Code of medical and sanitary regulations for the guidance of medical officers serving in the Madras Presidency - Volume I
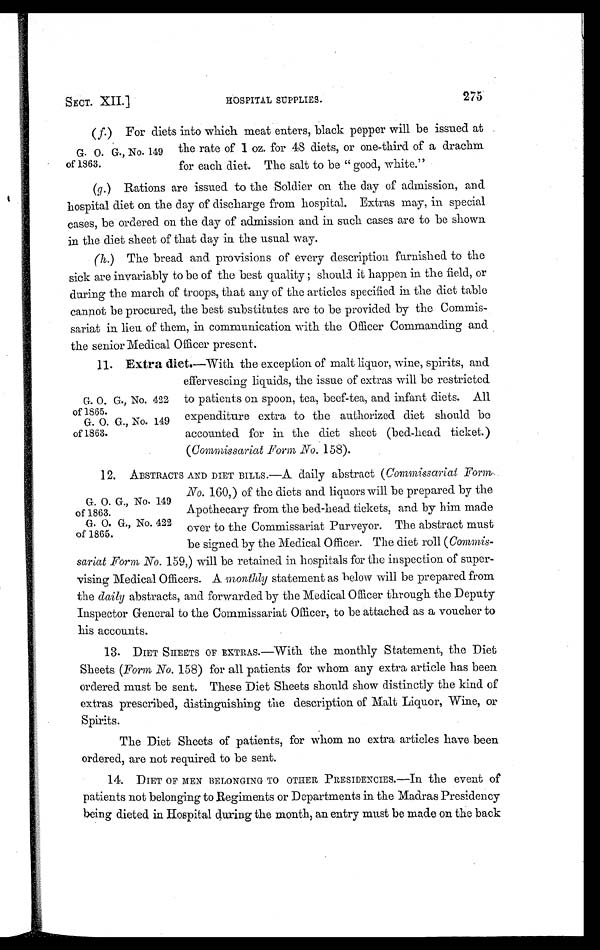
SECT. XII.]
HOSPITAL SUPPLIES.
275
G. O. G., No. 149
of 1863.
( f.) For diets into which meat enters, black pepper will be issued at
the rate of 1 oz. for 48 diets, or one-third of a drachm
for each diet. The salt to be " good, white."
(g.) Rations are issued to the Soldier on the day of admission, and
hospital diet on the day of discharge from hospital. Extras may, in special
cases, be ordered on the day of admission and in such cases are to be shown
in the diet sheet of that day in the usual way.
(h.) The bread and provisions of every description furnished to the
sick are invariably to be of the best quality ; should it happen in the field, or
during the march of troops, that any of the articles specified in the diet table
cannot be procured, the best substitutes are to be provided by the Commis-
sariat in lieu of them, in communication with the Officer Commanding and
the senior Medical Officer present.
G. O. G., No. 422
of 1865.
G. O. G., No. 149
of 1863.
11. Extra diet.—With the exception of malt liquor, wine, spirits, and
effervescing liquids, the issue of extras will be restricted
to patients on spoon, tea, beef-tea, and infant diets. All
expenditure extra to the authorized diet should be
accounted for in the diet sheet (bed-head ticket.)
( Commissariat _Form No. 158).
G. O. G., No. 149
of 1863.
G. O. G., No. 422
of 1865.
12. ABSTRACTS AND DIET BILLS.—A daily abstract ( Commissariat Form
No. 160,) of the diets and liquors will be prepared by the
Apothecary from the bed-head tickets, and by him made
over to the Commissariat Purveyor. The abstract must
be signed by the Medical Officer. The diet roll ( Commis-
sariat Form, No. 159,) will be retained in hospitals for the inspection of super-
vising Medical Officers. A monthly statement as below will be prepared from
the daily abstracts, and forwarded by the Medical Officer through the Deputy
Inspector General to the Commissariat Officer, to be attached as a voucher to
his accounts.
13. DIET SHEETS OF EXTRAS.—With the monthly Statement, the Diet
Sheets (Form No. 158) for all patients for whom any extra article has been
ordered must be sent. These Diet Sheets should show distinctly the kind of
extras prescribed, distinguishing the description of Malt Liquor, Wine, or
Spirits.
The Diet Sheets of patients, for whom no extra articles have been
ordered, are not required to be sent.
14. DIET OF MEN BELONGING TO OTHER PRESIDENCIES.—In the event of
patients not belonging to Regiments or Departments in the Madras Presidency
being dieted in Hospital during the month, an entry must be made on the back